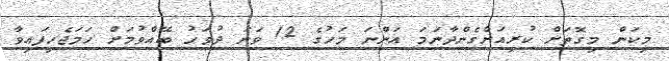
މިކަން މިގޮތަށް ކުރިއަށްގެންދާނަމަ އަންނަ މަހުގެ 12 ވަނަ ދުވަހު ބޭއްވުމަށް ހަމަޖެހިފައިވާ